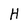
Character: H